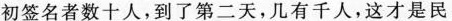
初签名者数十人，到了第二天，几有千人，这才是民